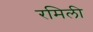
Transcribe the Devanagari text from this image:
रमिली